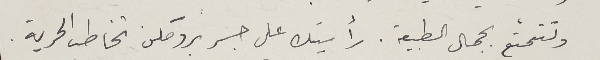
وتتمتع بجمال الطبيعة. رأيتك على جسر بروكلن تخاطب الحرية.